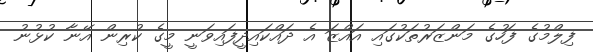
ފިލްމުގެ ފަހުގެ މަންޒަރުތަކުގައި އައްޒަ އެ ދައްކައިދީފައިވަނީ މީގެ ކުރިން އޭނާ ކުޅުނު